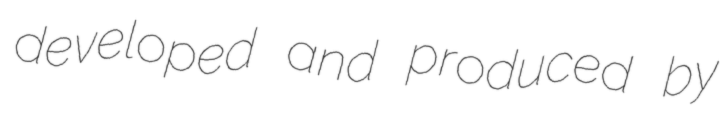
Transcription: developed and produced by